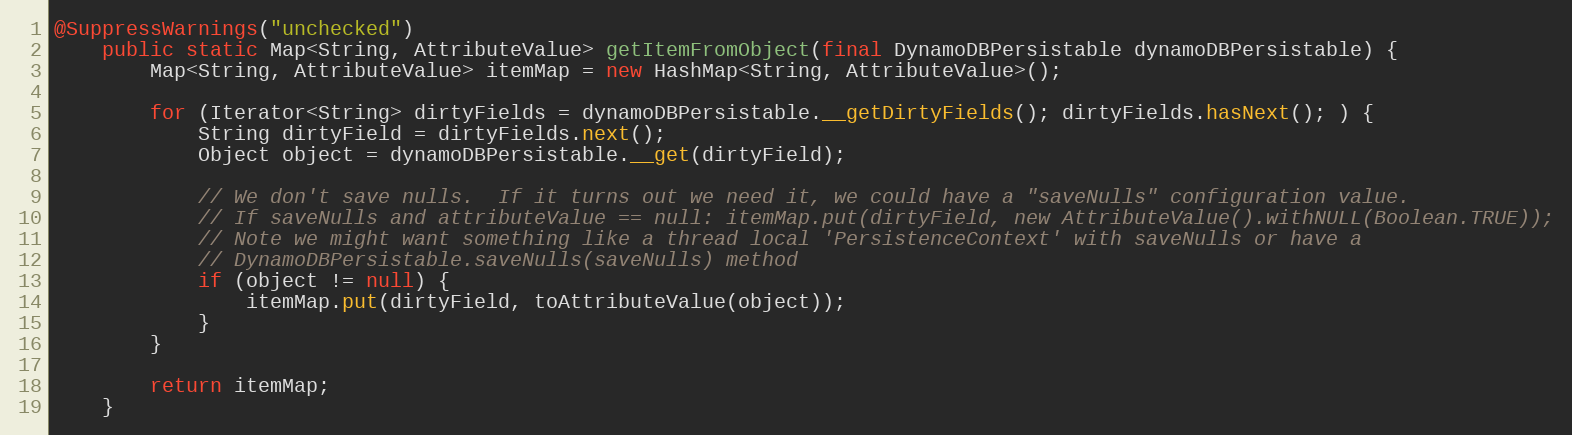
Language: Java
@SuppressWarnings("unchecked")
    public static Map<String, AttributeValue> getItemFromObject(final DynamoDBPersistable dynamoDBPersistable) {
        Map<String, AttributeValue> itemMap = new HashMap<String, AttributeValue>();

        for (Iterator<String> dirtyFields = dynamoDBPersistable.__getDirtyFields(); dirtyFields.hasNext(); ) {
            String dirtyField = dirtyFields.next();
            Object object = dynamoDBPersistable.__get(dirtyField);

            // We don't save nulls.  If it turns out we need it, we could have a "saveNulls" configuration value.
            // If saveNulls and attributeValue == null: itemMap.put(dirtyField, new AttributeValue().withNULL(Boolean.TRUE));
            // Note we might want something like a thread local 'PersistenceContext' with saveNulls or have a
            // DynamoDBPersistable.saveNulls(saveNulls) method
            if (object != null) {
                itemMap.put(dirtyField, toAttributeValue(object));
            }
        }

        return itemMap;
    }